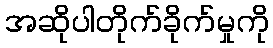
အဆိုပါတိုက်ခိုက်မှုကို